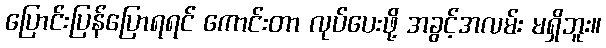
ပြောင်းပြန်ပြောရရင် ကောင်းတာ လုပ်ပေးဖို့ အခွင့်အလမ်း မရှိဘူး။